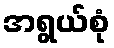
အရွယ်စုံ